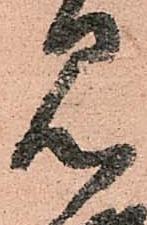
見